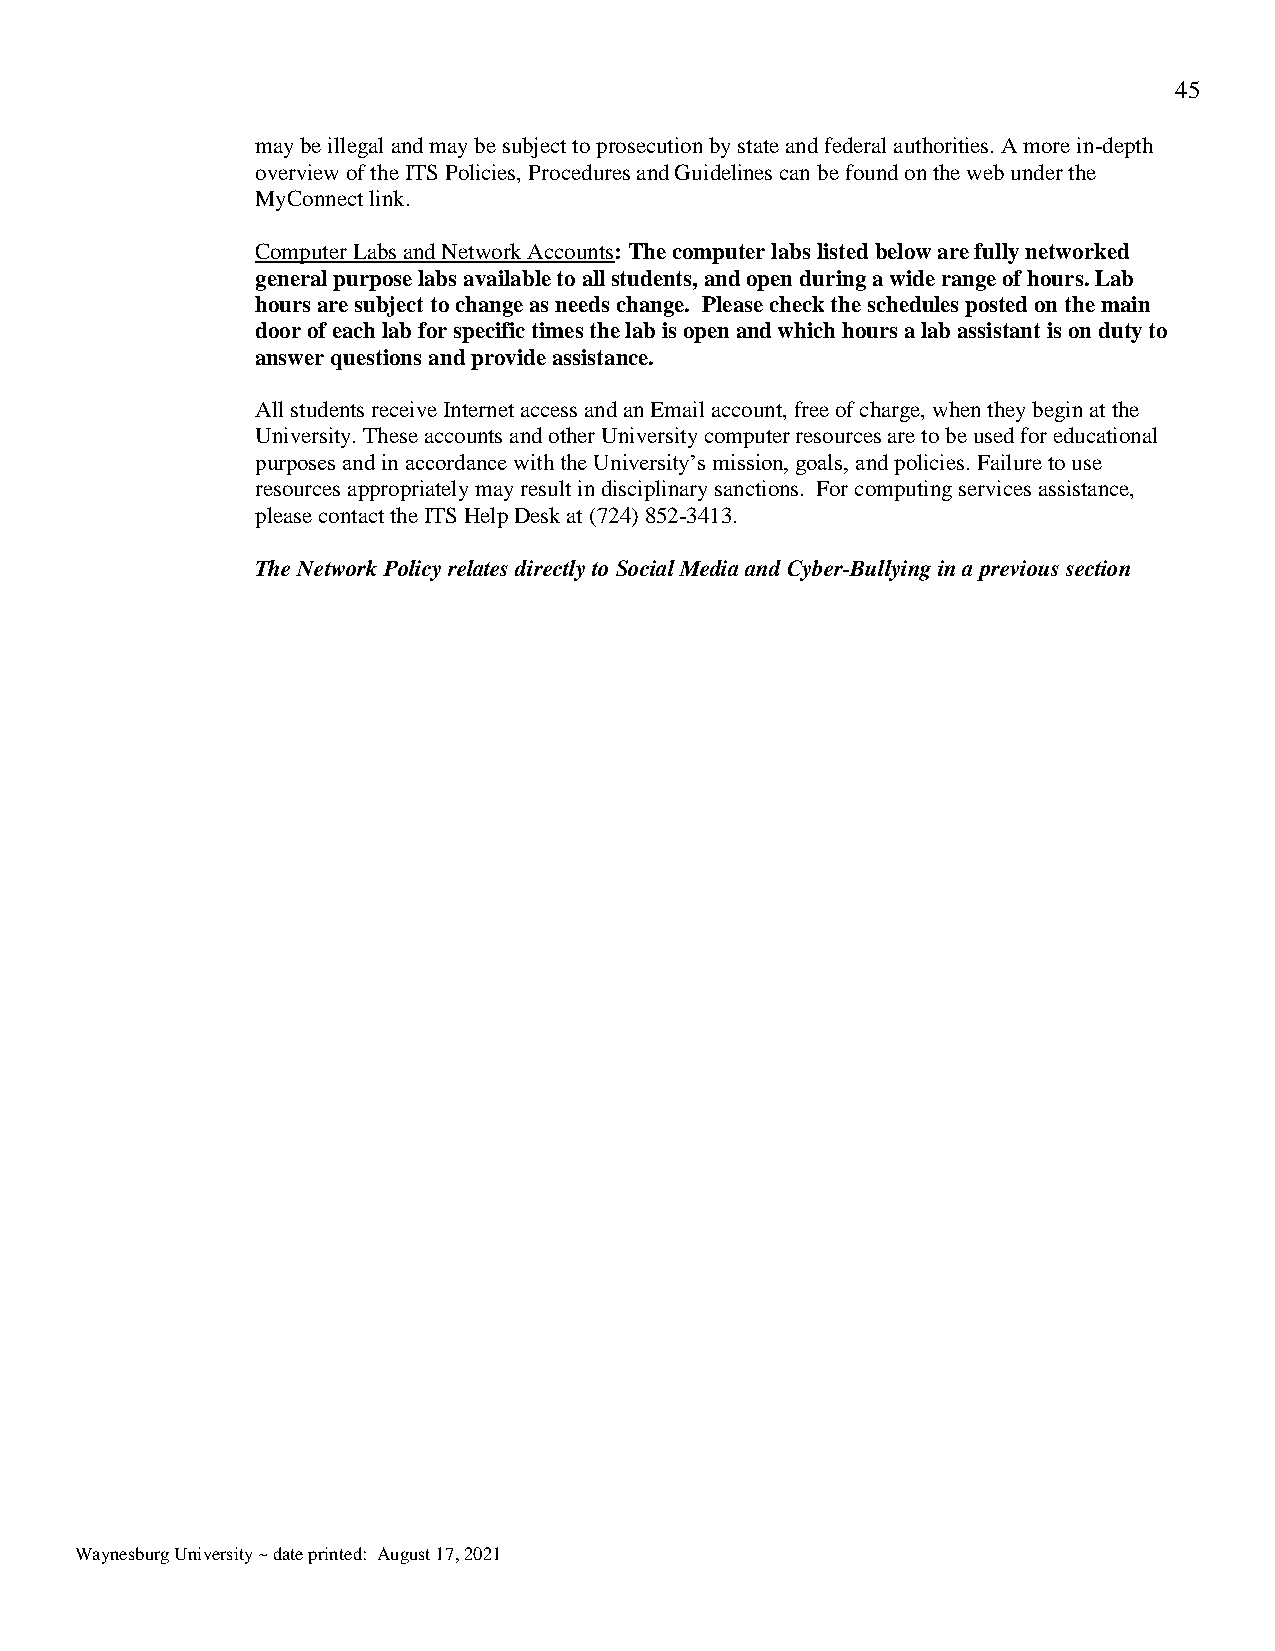
45
 may be illegal and may be subject to prosecution by state and federal authorities. A more in-depth
 overview of the ITS Policies, Procedures and Guidelines can be found on the web under the
 MyConnect link.
 Computer Labs and Network Accounts: The computer labs listed below are fully networked
 general purpose labs available to all students, and open during a wide range of hours. Lab
 hours are subject to change as needs change. Please check the schedules posted on the main
 door of each lab for specific times the lab is open and which hours a lab assistant is on duty to
 answer questions and provide assistance.
 All students receive Internet access and an Email account, free of charge, when they begin at the
 University. These accounts and other University computer resources are to be used for educational
 purposes and in accordance with the University’s mission, goals, and policies. Failure to use
 resources appropriately may result in disciplinary sanctions. For computing services assistance,
 please contact the ITS Help Desk at (724) 852-3413.
 The Network Policy relates directly to Social Media and Cyber-Bullying in a previous section
 Waynesburg University ~ date printed: August 17, 2021